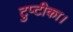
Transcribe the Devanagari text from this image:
टुप्टीका।